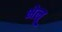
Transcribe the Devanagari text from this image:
भेलू